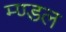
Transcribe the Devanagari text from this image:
म्ण्डल